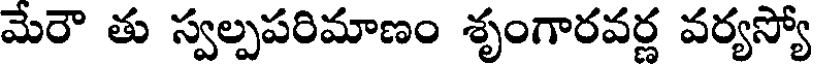
మేరౌ తు స్వల్పపరిమాణం శృంగారవర్ణ వర్యస్యో